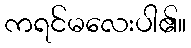
ကရင်မလေးပါ၏။